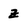
Character: z